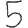
Digit: 5